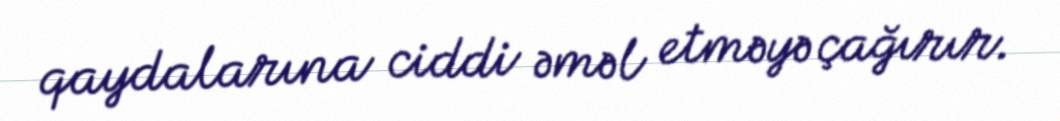
qaydalarına ciddi əməl etməyə çağırır.